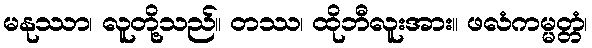
မနုဿာ၊ လူတို့သည်။ တဿ၊ ထိုဘီလူးအား။ ဖလံကမ္မတ္တံ၊